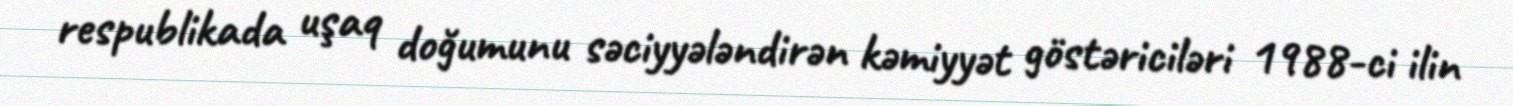
respublikada uşaq doğumunu səciyyələndirən kəmiyyət göstəriciləri 1988-ci ilin